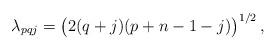
LaTeX: \begin{align*}\lambda_{pqj}=\bigl(2{(q+j)}{(p+n-1-j)}\bigr)^{1/2}\,,\end{align*}